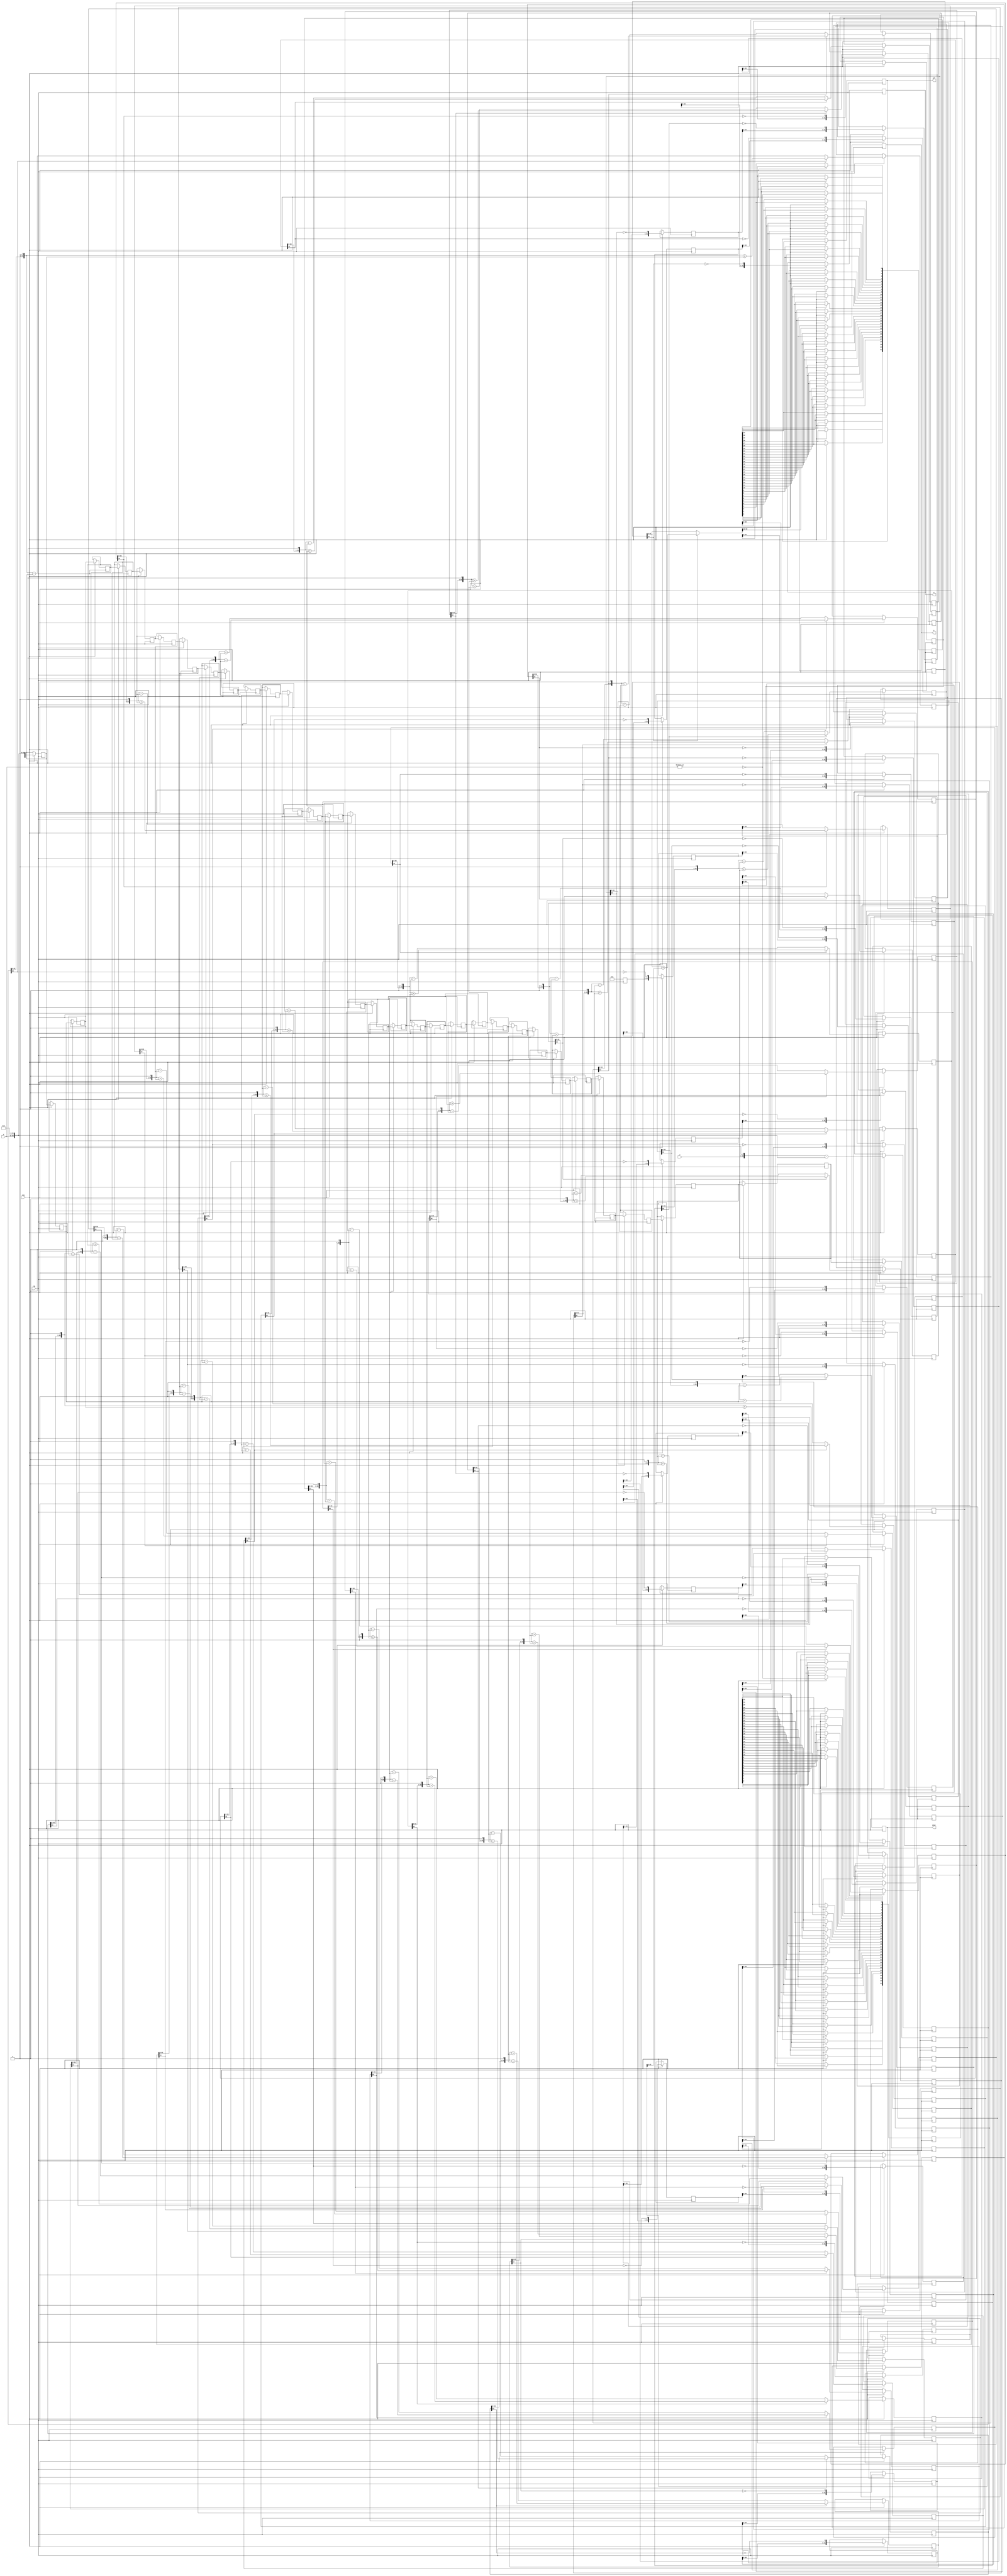
/*
 * Project:     pippo
 * Designer:    
 * Mainteiner:  
 * Checker:
 * Description: implmentation of 64/32 divider using non-restoring algorithm
        Detailed algorithm see [Computer Arithmetic - Algorithms and Hardware designs] chapter 13
 * Task.II
 *      optimize the implementation: reusing the pipelined register and logic to reduce size
 */

module pippo_div_uu(
    
    clk, ena, 
    
    z, d, q, s, 
    
    div0, ovf
);

//
// parameters
//
parameter z_width = 64;
parameter d_width = z_width /2;

//
// inputs & outputs
//
input clk;              
input ena;              

input  [z_width -1:0] z; // divident
input  [d_width -1:0] d; // divisor
output [d_width -1:0] q; // quotient
output [d_width -1:0] s; // remainder
output div0;
output ovf;
	
//
//
//
reg [d_width-1:0] q;
reg [d_width-1:0] s;
reg div0;
reg ovf;

//	
// functions
//

// temporal remainder
function [z_width:0] gen_s;
	input [z_width:0] si;
	input [z_width:0] di;
begin
  if(si[z_width])
    gen_s = {si[z_width-1:0], 1'b0} + di;
  else
    gen_s = {si[z_width-1:0], 1'b0} - di;
end
endfunction

// generate 1-bit quotient per stage
function [d_width-1:0] gen_q;
	input [d_width-1:0] qi;
	input [z_width:0] si;
begin
  gen_q = {qi[d_width-2:0], ~si[z_width]};
end
endfunction

// last quotient
function [d_width-1:0] assign_s;
	input [z_width:0] si;
	input [z_width:0] di;
	reg [z_width:0] tmp;
begin
  if(si[z_width])
    tmp = si + di;
  else
    tmp = si;

  assign_s = tmp[z_width-1:z_width-d_width];
end
endfunction

//
// divide
//
reg [d_width-1:0] q_pipe  [d_width-1:0];
reg [z_width:0] s_pipe  [d_width:0];
reg [z_width:0] d_pipe  [d_width:0];

reg [d_width:0] div0_pipe, ovf_pipe;

integer n0, n1, n2, n3;

// generate divisor (d) pipe
always @(d)
  d_pipe[0] <= {1'b0, d, {(z_width-d_width){1'b0}} };

always @(posedge clk)
  if(ena)
    for(n0=1; n0 <= d_width; n0=n0+1)
       d_pipe[n0] <= d_pipe[n0-1];

// generate internal remainder pipe
always @(z)
  s_pipe[0] <= z;

always @(posedge clk)
  if(ena)
    for(n1=1; n1 <= d_width; n1=n1+1)
       s_pipe[n1] <= gen_s(s_pipe[n1-1], d_pipe[n1-1]);

// generate quotient pipe
always @(posedge clk)
  q_pipe[0] <= 0;

always @(posedge clk)
  if(ena)
    for(n2=1; n2 < d_width; n2=n2+1)
       q_pipe[n2] <= gen_q(q_pipe[n2-1], s_pipe[n2]);

//
// divider results
//
always @(posedge clk)
  if(ena)
    q <= gen_q(q_pipe[d_width-1], s_pipe[d_width]);

always @(posedge clk)
  if(ena)
    s <= assign_s(s_pipe[d_width], d_pipe[d_width]);

//
// flags (divide_by_zero, overflow)
//
always @(z or d)
begin
//  ovf_pipe[0]  <= !(z[z_width-1:d_width] < d);
    ovf_pipe[0] <= ~|d;     // [TBD]there is no need to check overflow, coz the high part bits is just signed-extend
    div0_pipe[0] <= ~|d;
end

always @(posedge clk)
  if(ena)
    for(n3=1; n3 <= d_width; n3=n3+1)
    begin
        ovf_pipe[n3] <= ovf_pipe[n3-1];
        div0_pipe[n3] <= div0_pipe[n3-1];
    end

always @(posedge clk)
  if(ena)
    ovf <= ovf_pipe[d_width];

always @(posedge clk)
  if(ena)
    div0 <= div0_pipe[d_width];
	    
endmodule